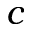
c